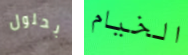
بحلول الخيام